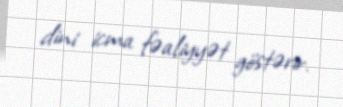
dini icma fəaliyyət göstərir.